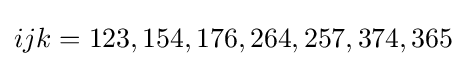
ijk=123,154,176,264,257,374,365